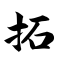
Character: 拓